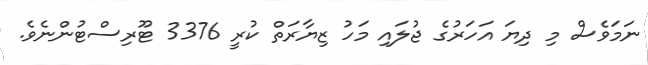
ނަމަވެސް މި ދިޔަ އަހަރުގެ ޖުލައި މަހު ޒިޔާރަތް ކުރީ 3376 ޓޫރިސްޓުންނެވެ.